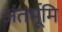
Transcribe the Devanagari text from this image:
अंतर्भूमि